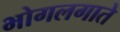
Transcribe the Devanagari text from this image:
भोगलगाते